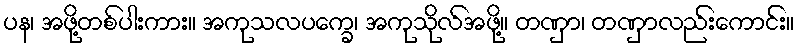
ပန၊ အဖို့တစ်ပါးကား။ အကုသလပက္ခေ၊ အကုသိုလ်အဖို့။ တဏှာ၊ တဏှာလည်းကောင်း။